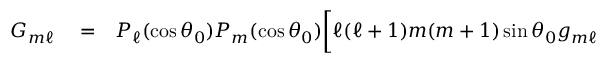
\begin{array} { r l r } { G _ { m \ell } } & { { } = } & { P _ { \ell } ( \cos \theta _ { 0 } ) P _ { m } ( \cos \theta _ { 0 } ) \biggl [ \ell ( \ell + 1 ) m ( m + 1 ) \sin \theta _ { 0 } g _ { m \ell } } \end{array}